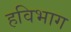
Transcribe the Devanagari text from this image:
हविभाग